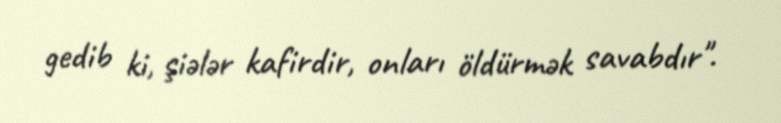
gedib ki, şiələr kafirdir, onları öldürmək savabdır".